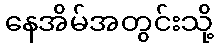
နေအိမ်အတွင်းသို့